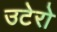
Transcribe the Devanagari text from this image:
उटेरो